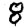
Digit: 8